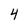
Character: 4